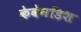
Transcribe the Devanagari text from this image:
केवेनडिश